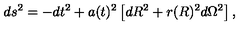
d s ^ { 2 } = - d t ^ { 2 } + a ( t ) ^ { 2 } \left[ d R ^ { 2 } + r ( R ) ^ { 2 } d \Omega ^ { 2 } \right] ,